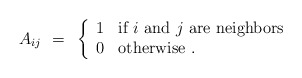
\begin{align*}A_{ij} ~=~ \left\{ \begin{array}{ll} 1 & \mbox{if $i$ and $j$ are neighbors}\\ 0 & {\rm otherwise}~. \end{array} \right.\end{align*}